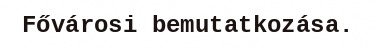
Fővárosi bemutatkozása.